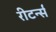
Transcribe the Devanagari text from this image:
रीटर्न्स